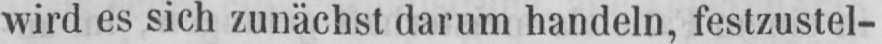
wird es sich zunächst darum handeln, festzustel-